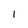
Character: I